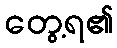
တွေ့ရ၏